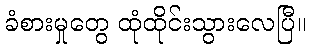
ခံစားမှုတွေ ထုံထိုင်းသွားလေပြီ။